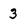
Character: 3